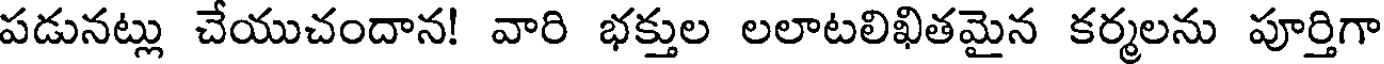
పడునట్లు చేయుచందాన! వారి భక్తుల లలాటలిఖితమైన కర్మలను పూర్తిగా